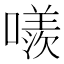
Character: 𠿢